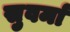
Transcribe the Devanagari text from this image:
सुवर्मा